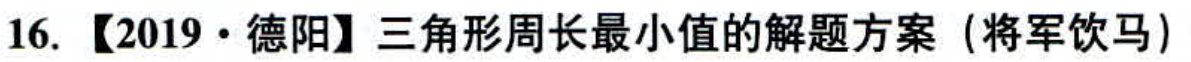
16. 【2019·德阳】三角形周长最小值的解题方案（将军饮马）